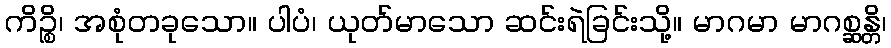
ကိဉ္စိ၊ အစုံတခုသော။ ပါပံ၊ ယုတ်မာသော ဆင်းရဲခြင်းသို့။ မာဂမာ မာဂစ္ဆန္တိ၊